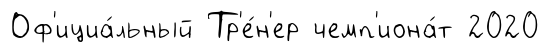
Оф'ициа́льный Тр'е́н'ер чемп'иона́т 2020